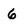
Character: 6